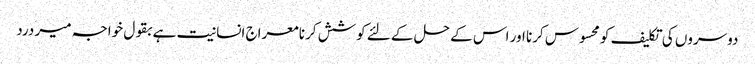
دوسروں کی تکلیف کو محسوس کرنا اور اس کے حل کے لئے کوشش کرنا معراج انسانیت ہے بقول خواجہ میر درد